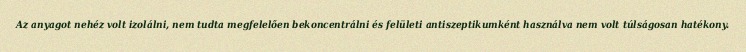
Az anyagot nehéz volt izolálni, nem tudta megfelelően bekoncentrálni és felületi antiszeptikumként használva nem volt túlságosan hatékony.